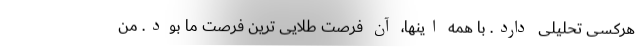
هرکسی تحلیلی دارد. با همه اینها، آن فرصت طلایی ترین فرصت ما بود. من